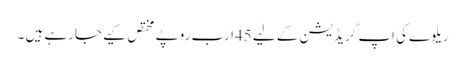
ریلوے کی اپ گریڈ یشن کے لیے 45ارب روپے مختص کیے جارہے ہیں ۔